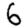
Digit: 6